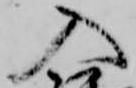
入